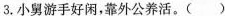
3.小舅游手好闲，靠外公养活。()